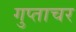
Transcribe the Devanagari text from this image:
गुप्ताचर